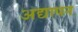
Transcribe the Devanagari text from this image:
अद्यापन